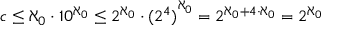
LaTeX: { \mathfrak { c } } \leq \aleph _ { 0 } \cdot 1 0 ^ { \aleph _ { 0 } } \leq 2 ^ { \aleph _ { 0 } } \cdot { ( 2 ^ { 4 } ) } ^ { \aleph _ { 0 } } = 2 ^ { \aleph _ { 0 } + 4 \cdot \aleph _ { 0 } } = 2 ^ { \aleph _ { 0 } }